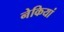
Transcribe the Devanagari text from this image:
नेकियां